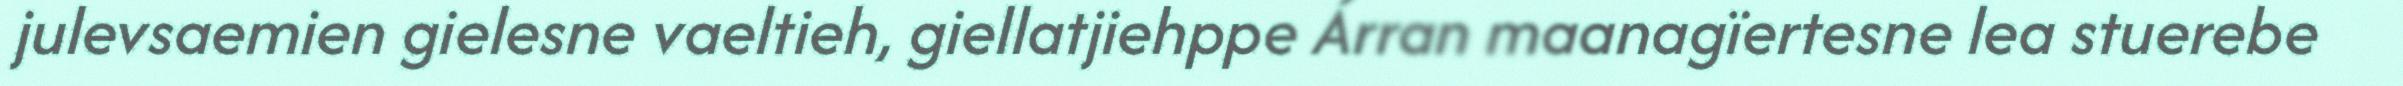
julevsaemien gielesne vaeltieh, giellatjiehppe Árran maanagïertesne lea stuerebe